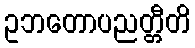
ဥဘတောပညတ္တီတိ